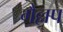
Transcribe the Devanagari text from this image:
गैल्लप